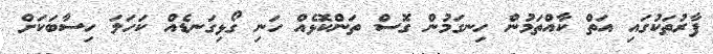
ފާރުތަކުގައި އަތް ކާއްތަމުން ހިނގަމުން ގޮސް ތަންކޮޅެއް ހަނި ގޯޅިގަނޑެއް ކަހަލަ ހިސާބަކަށް